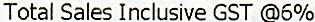
TOTAL SALES INCLUSIVE GST @6%